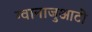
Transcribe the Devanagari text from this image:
ग्वानाजुआटो